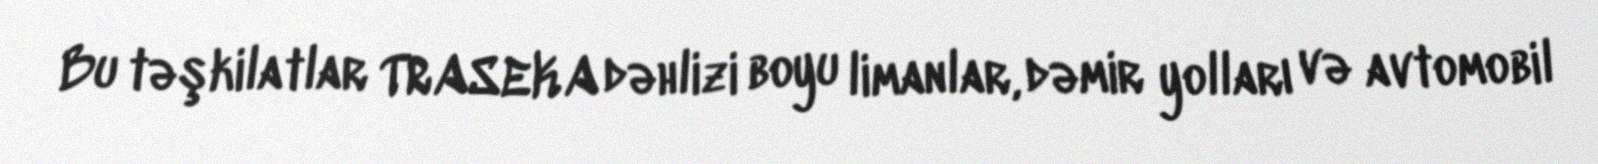
Bu təşkilatlar TRASEKA dəhlizi boyu limanlar, dəmir yolları və avtomobil